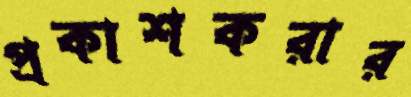
প্রকাশকরার